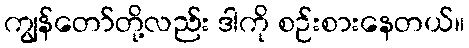
ကျွန်တော်တို့လည်း ဒါကို စဉ်းစားနေတယ်။